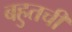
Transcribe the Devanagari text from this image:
बहुतची